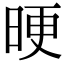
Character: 𣆳